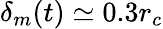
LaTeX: \delta_{m}(t)\simeq 0.3r_{c}